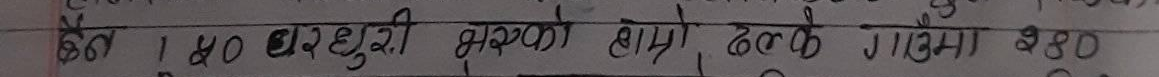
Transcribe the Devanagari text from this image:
६६। ५० घरधुरी भएको गाउँ ढल्के गाउँमा ३९०